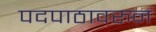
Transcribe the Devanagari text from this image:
पदपाठावरुन